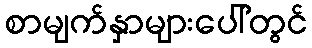
စာမျက်နှာများပေါ်တွင်